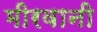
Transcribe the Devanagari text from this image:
मीरवानी